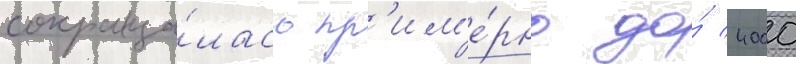
сокраща́лась пр'им'е́рно до́ 4000